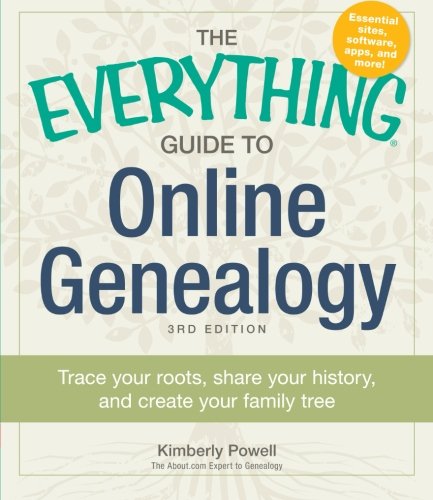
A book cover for The Everything Guide to Online Genealogy: Trace Your Roots, Share Your History, and Create Your Family Tree; Kimberly Powell; Reference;